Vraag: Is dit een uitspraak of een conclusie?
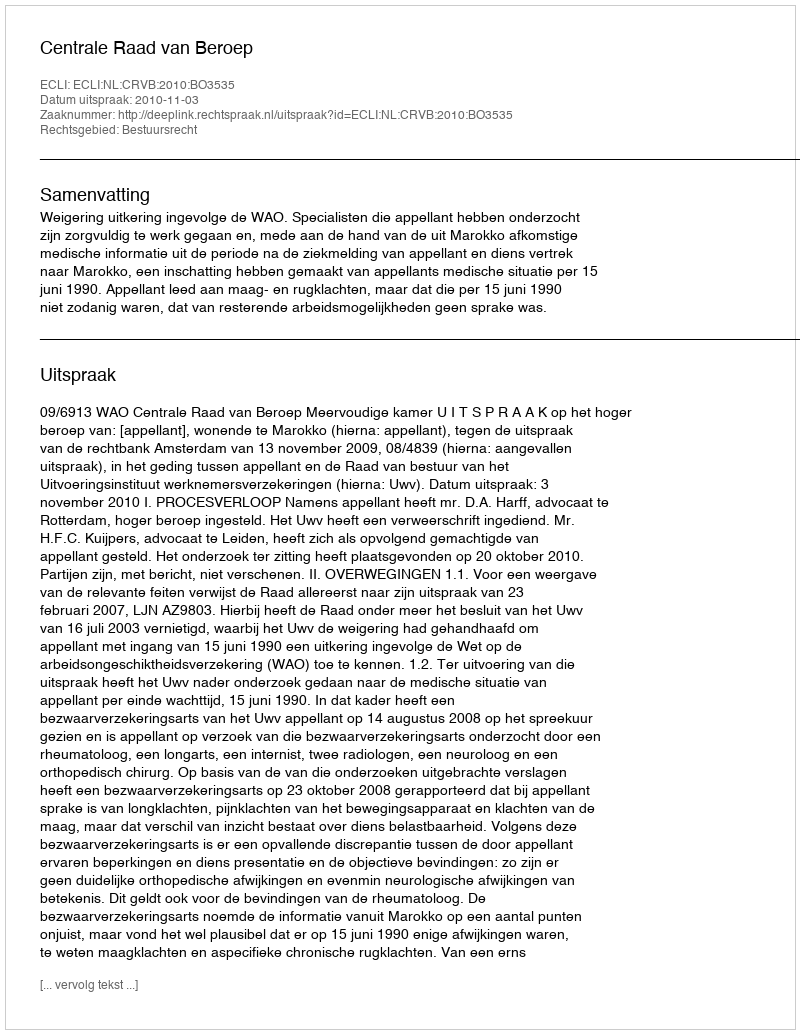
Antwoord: Uitspraak